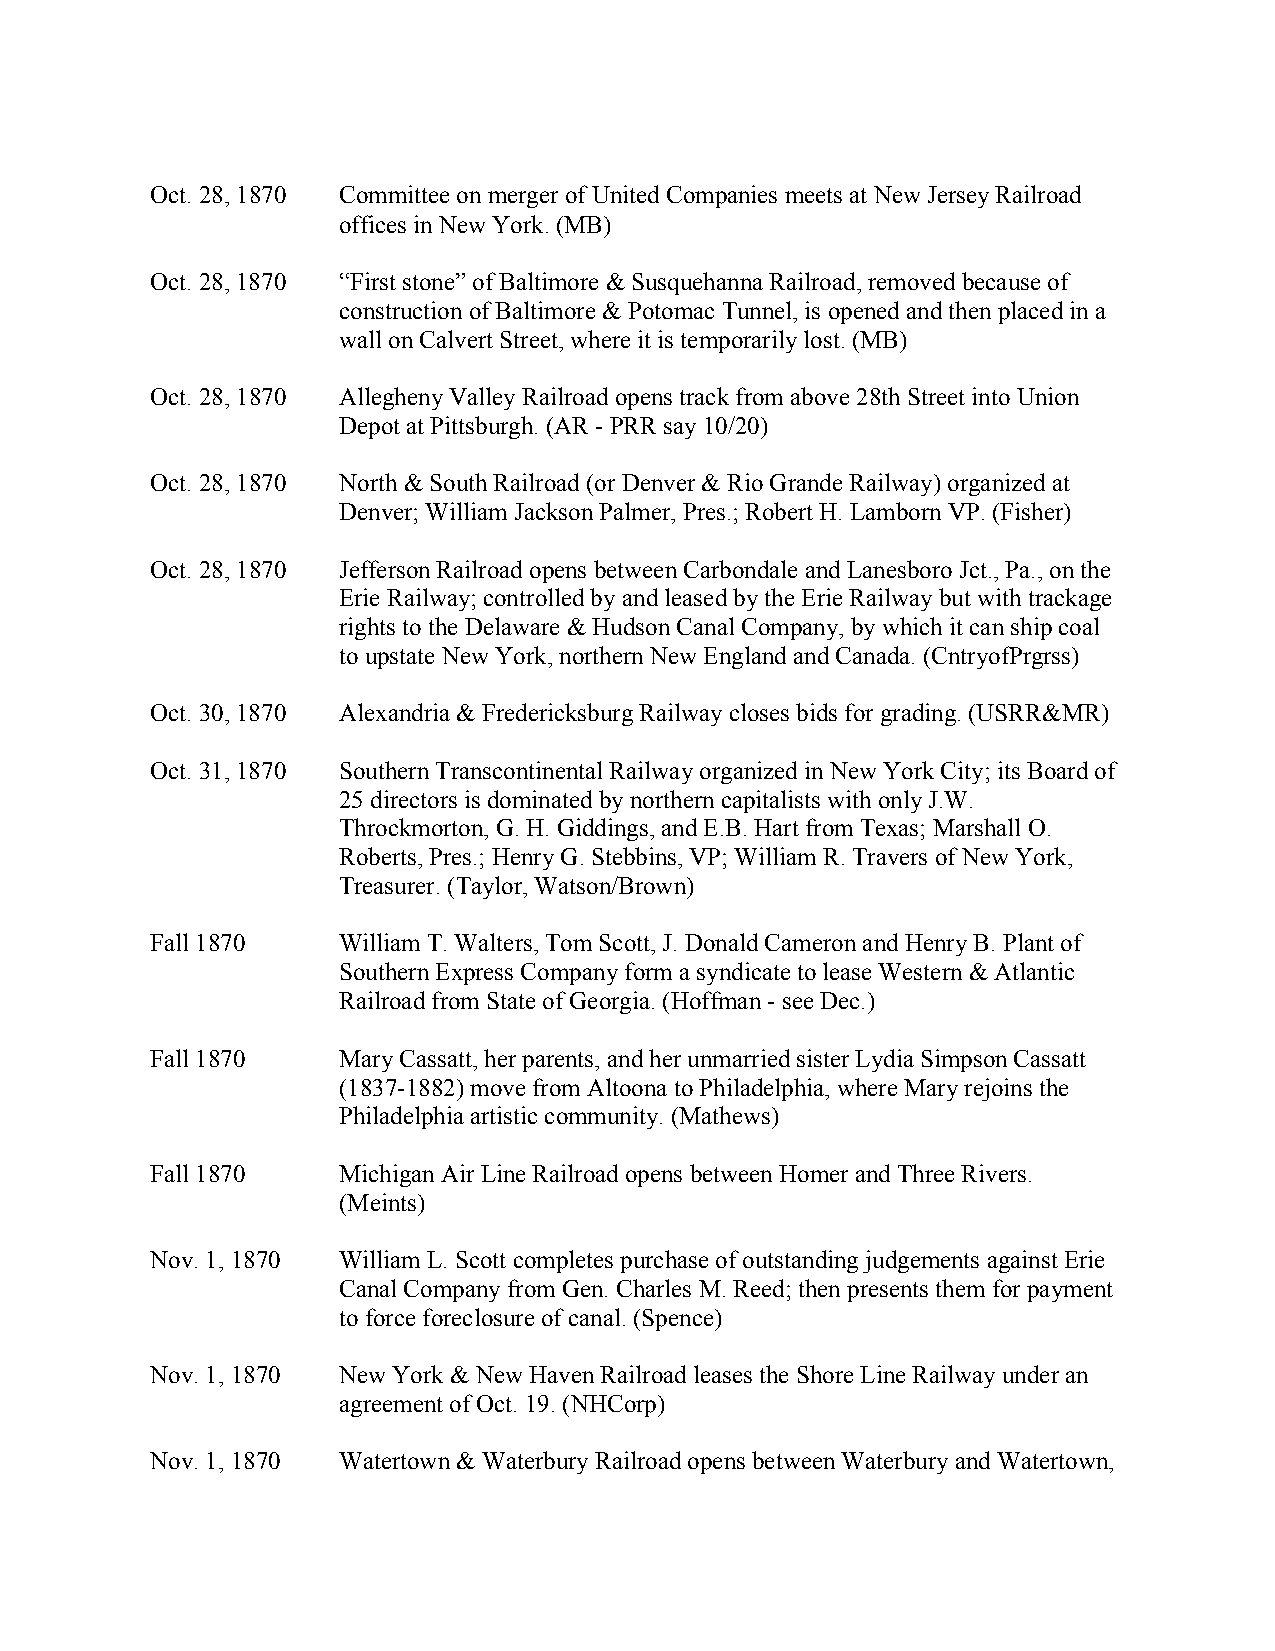
Oct. 28, 1870 Committee on merger of United Companies meets at New Jersey Railroad
 offices in New York. (MB)
 Oct. 28, 1870 “First stone” of Baltimore & Susquehanna Railroad, removed because of
 construction of Baltimore & Potomac Tunnel, is opened and then placed in a
 wall on Calvert Street, where it is temporarily lost. (MB)
 Oct. 28, 1870 Allegheny Valley Railroad opens track from above 28th Street into Union
 Depot at Pittsburgh. (AR - PRR say 10/20)
 Oct. 28, 1870 North & South Railroad (or Denver & Rio Grande Railway) organized at
 Denver; William Jackson Palmer, Pres.; Robert H. Lamborn VP. (Fisher)
 Oct. 28, 1870 Jefferson Railroad opens between Carbondale and Lanesboro Jct., Pa., on the
 Erie Railway; controlled by and leased by the Erie Railway but with trackage
 rights to the Delaware & Hudson Canal Company, by which it can ship coal
 to upstate New York, northern New England and Canada. (CntryofPrgrss)
 Oct. 30, 1870 Alexandria & Fredericksburg Railway closes bids for grading. (USRR&MR)
 Oct. 31, 1870 Southern Transcontinental Railway organized in New York City; its Board of
 25 directors is dominated by northern capitalists with only J.W.
 Throckmorton, G. H. Giddings, and E.B. Hart from Texas; Marshall O.
 Roberts, Pres.; Henry G. Stebbins, VP; William R. Travers of New York,
 Treasurer. (Taylor, Watson/Brown)
 Fall 1870   William T. Walters, Tom Scott, J. Donald Cameron and Henry B. Plant of
 Southern Express Company form a syndicate to lease Western & Atlantic
 Railroad from State of Georgia. (Hoffman - see Dec.)
 Fall 1870   Mary Cassatt, her parents, and her unmarried sister Lydia Simpson Cassatt
 (1837-1882) move from Altoona to Philadelphia, where Mary rejoins the
 Philadelphia artistic community. (Mathews)
 Fall 1870   Michigan Air Line Railroad opens between Homer and Three Rivers.
 (Meints)
 Nov. 1, 1870 William L. Scott completes purchase of outstanding judgements against Erie
 Canal Company from Gen. Charles M. Reed; then presents them for payment
 to force foreclosure of canal. (Spence)
 Nov. 1, 1870 New York & New Haven Railroad leases the Shore Line Railway under an
 agreement of Oct. 19. (NHCorp)
 Nov. 1, 1870 Watertown & Waterbury Railroad opens between Waterbury and Watertown,